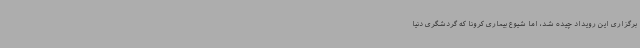
برگزاری این رویداد چیده شد، اما شیوع بیماری کرونا که گردشگری دنیا